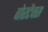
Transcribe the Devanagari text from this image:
वोरटैक्स